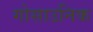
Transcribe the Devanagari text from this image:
गोसाउनिक